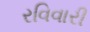
રવિવારી